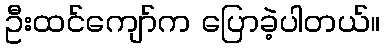
ဦးထင်ကျော်က ပြောခဲ့ပါတယ်။